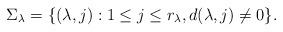
LaTeX: \begin{align*}\Sigma_\lambda=\{(\lambda,j): 1\leq j \leq r_\lambda, d(\lambda,j)\neq 0\}.\end{align*}